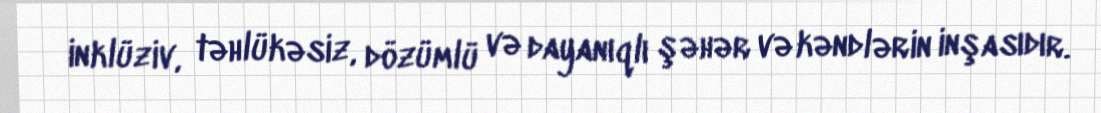
inklüziv, təhlükəsiz, dözümlü və dayanıqlı şəhər və kəndlərin inşasıdır.